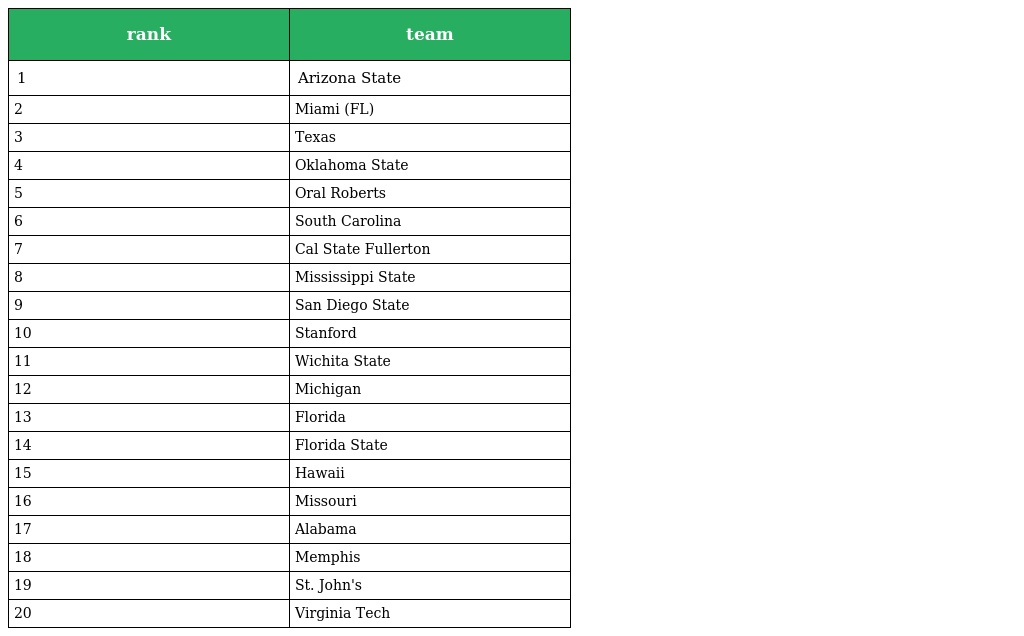
| rank | team |
 | --- | --- |
 | 1 | Arizona State |
 | 2 | Miami (FL) |
 | 3 | Texas |
 | 4 | Oklahoma State |
 | 5 | Oral Roberts |
 | 6 | South Carolina |
 | 7 | Cal State Fullerton |
 | 8 | Mississippi State |
 | 9 | San Diego State |
 | 10 | Stanford |
 | 11 | Wichita State |
 | 12 | Michigan |
 | 13 | Florida |
 | 14 | Florida State |
 | 15 | Hawaii |
 | 16 | Missouri |
 | 17 | Alabama |
 | 18 | Memphis |
 | 19 | St. John's |
 | 20 | Virginia Tech |